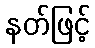
နတ်ဖြင့်